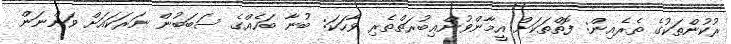
ރުކުންތަކުގެ ތެރެއިން: ފޮތްތަކަށް އީމާންވުންޢިބުރަތްތެރި ވާހަކަ: ބުނާ ބަހެއްގެ ސަބަބުން ނަރަކައަށް ވަންނަން